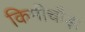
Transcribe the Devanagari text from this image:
किमीचौड़ा